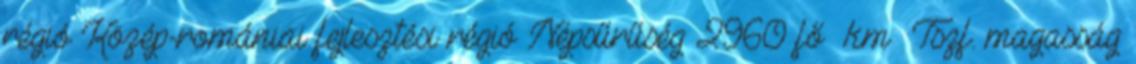
régió Közép-romániai fejlesztési régió Népsűrűség 2960 fő km² Tszf. magasság